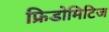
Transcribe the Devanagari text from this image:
फ्रिडोमिटिज